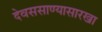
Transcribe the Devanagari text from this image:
देवससाण्यासारखा